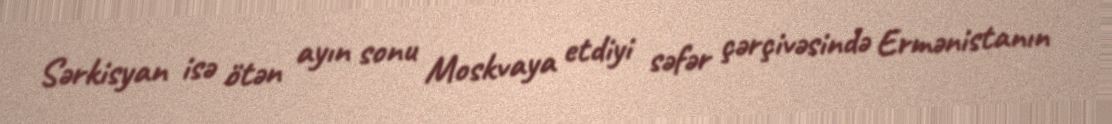
Sərkisyan isə ötən ayın sonu Moskvaya etdiyi səfər çərçivəsində Ermənistanın